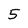
Character: 5